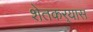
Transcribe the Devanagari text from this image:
शेतकर्‍यास